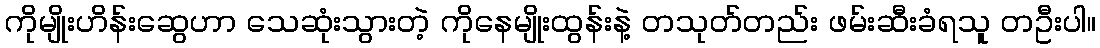
ကိုမျိုးဟိန်းဆွေဟာ သေဆုံးသွားတဲ့ ကိုနေမျိုးထွန်းနဲ့ တသုတ်တည်း ဖမ်းဆီးခံရသူ တဦးပါ။